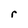
Character: r